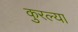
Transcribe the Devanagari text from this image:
कुरल्या